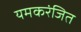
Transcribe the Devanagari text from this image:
यमकरंजित